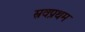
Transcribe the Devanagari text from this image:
स्रवप्रथम